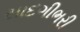
સાદગીભરી